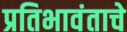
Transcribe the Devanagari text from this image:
प्रतिभावंताचे